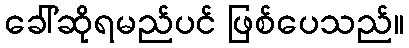
ခေါ်ဆိုရမည်ပင် ဖြစ်ပေသည်။